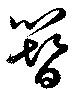
簪